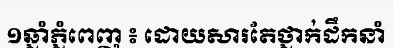
១ឆ្នាំភ្នំពេញ ៖ ដោយសារតែថ្នាក់ដឹកនាំ